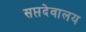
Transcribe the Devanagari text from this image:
सप्तदेवालय